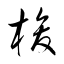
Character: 梭